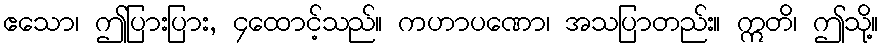
ဧသော၊ ဤပြားပြား, ၄ထောင့်သည်။ ကဟာပဏော၊ အသပြာတည်း။ ဣတိ၊ ဤသို့။